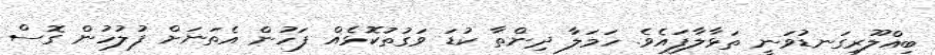
ބިއްލޫރިގަނޑުވަނީ ތަޅާލާފައެވެ. ހަމަލާ ދިންތާ ކުޑަ ވަގުތުކޮޅެއް ފަހުން އެތަނަށް ފުލުހުން ގޮސް